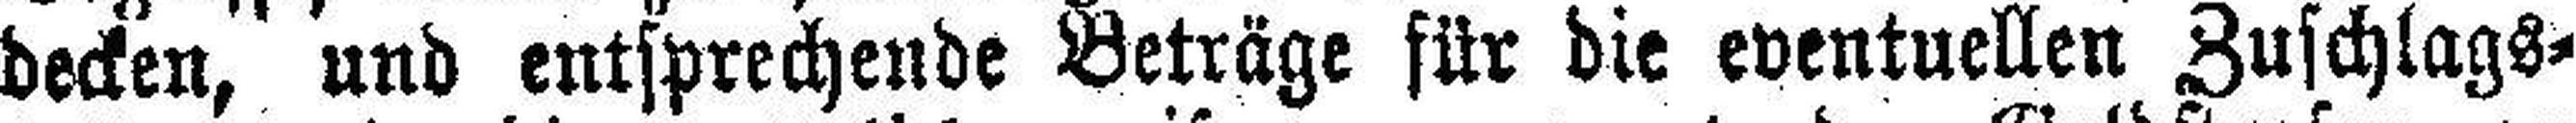
decken, und entsprechende Beträge für die eventuellen Zuschlags¬